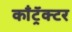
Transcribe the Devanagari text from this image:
काँट्रॅक्टर